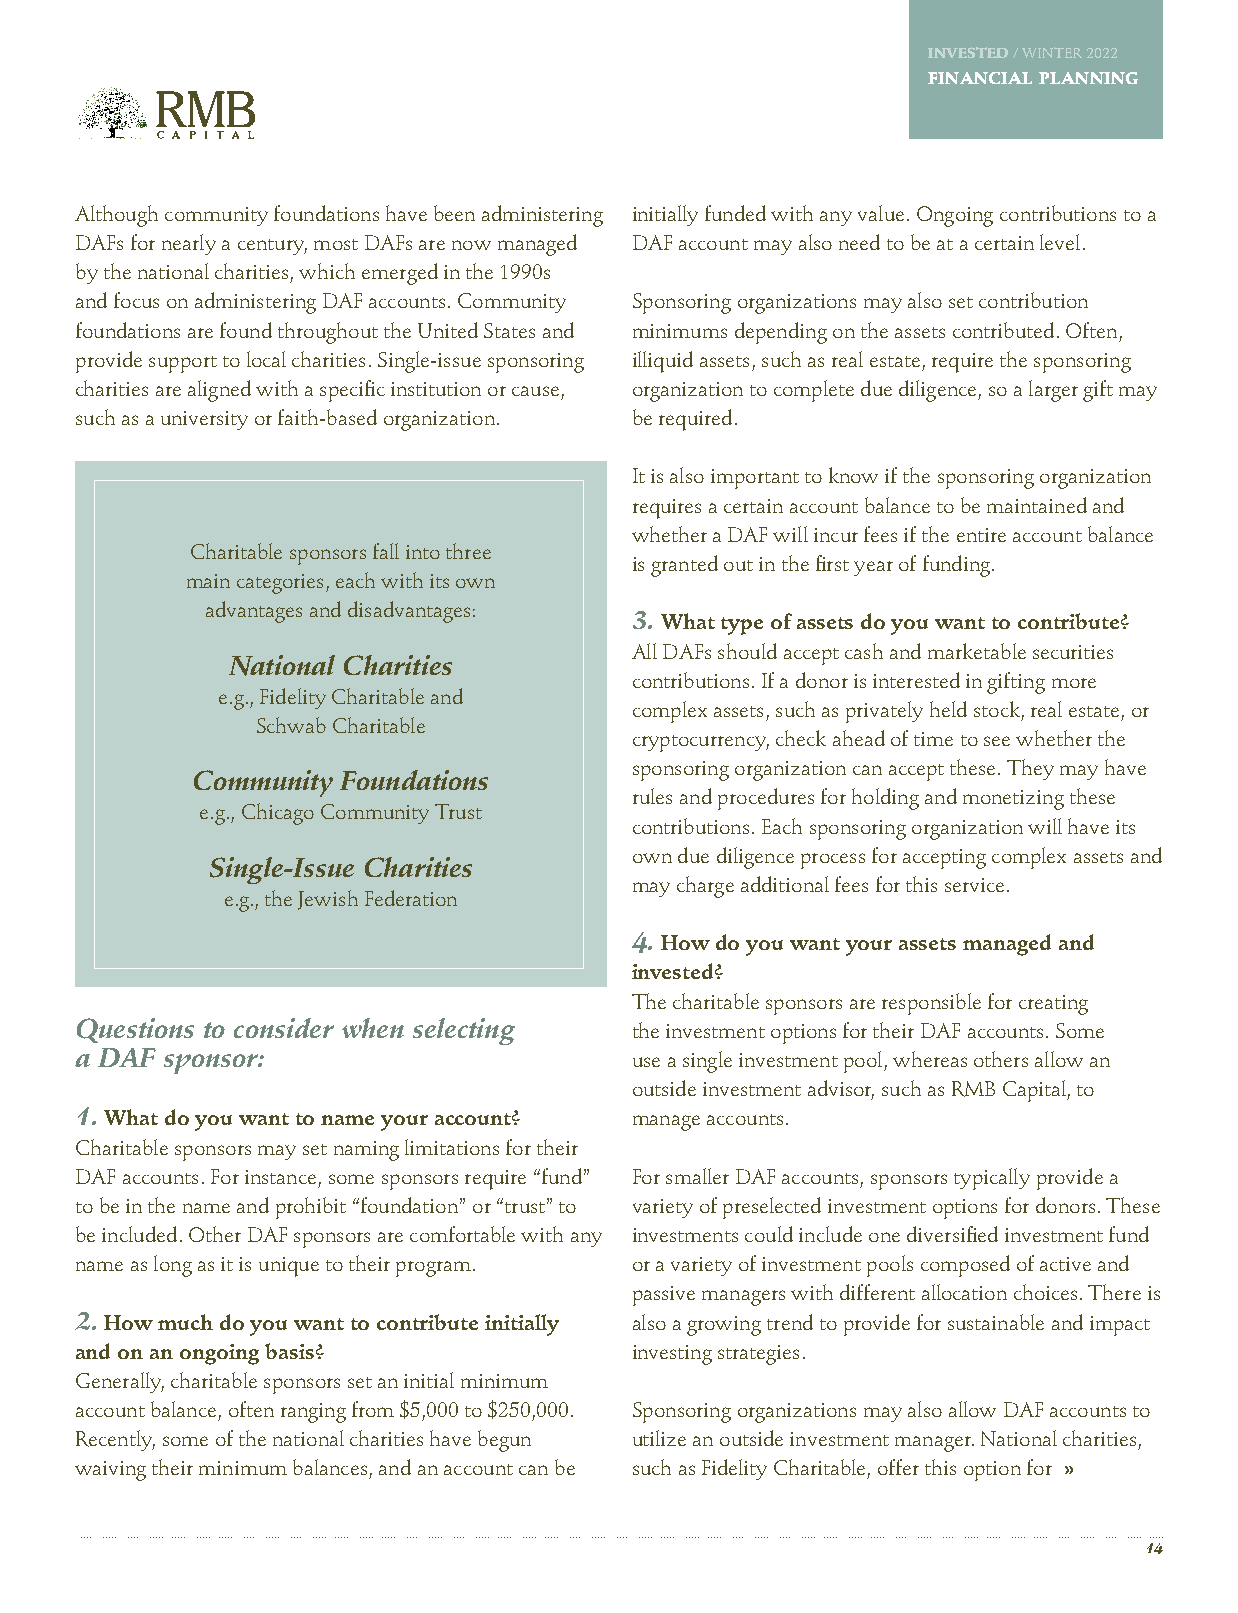
INVESTED / WINTER 2022
 FINANCIAL PLANNING
 Although community foundations have been administering initially funded with any value. Ongoing contributions to a
 DAFs for nearly a century, most DAFs are now managed DAF account may also need to be at a certain level.
 by the national charities, which emerged in the 1990s
 and focus on administering DAF accounts. Community Sponsoring organizations may also set contribution
 foundations are found throughout the United States and minimums depending on the assets contributed. Often,
 provide support to local charities. Single-issue sponsoring illiquid assets, such as real estate, require the sponsoring
 charities are aligned with a specific institution or cause, organization to complete due diligence, so a larger gift may
 such as a university or faith-based organization. be required.
 It is also important to know if the sponsoring organization
 requires a certain account balance to be maintained and
 whether a DAF will incur fees if the entire account balance
 Charitable sponsors fall into three
 is granted out in the first year of funding.
 main categories, each with its own
 advantages and disadvantages:
 3. What type of assets do you want to contribute?
 All DAFs should accept cash and marketable securities
 National Charities
 contributions. If a donor is interested in gifting more
 e.g., Fidelity Charitable and
 complex assets, such as privately held stock, real estate, or
 Schwab Charitable
 cryptocurrency, check ahead of time to see whether the
 sponsoring organization can accept these. They may have
 Community Foundations
 rules and procedures for holding and monetizing these
 e.g., Chicago Community Trust
 contributions. Each sponsoring organization will have its
 own due diligence process for accepting complex assets and
 Single-Issue Charities
 may charge additional fees for this service.
 e.g., the Jewish Federation
 4. How do you want your assets managed and
 invested?
 The charitable sponsors are responsible for creating
 Questions to consider when selecting the investment options for their DAF accounts. Some
 a DAF sponsor:                       use a single investment pool, whereas others allow an
 outside investment advisor, such as RMB Capital, to
 1. What do you want to name your account? manage accounts.
 Charitable sponsors may set naming limitations for their
 DAF accounts. For instance, some sponsors require “fund” For smaller DAF accounts, sponsors typically provide a
 to be in the name and prohibit “foundation” or “trust” to variety of preselected investment options for donors. These
 be included. Other DAF sponsors are comfortable with any investments could include one diversified investment fund
 name as long as it is unique to their program. or a variety of investment pools composed of active and
 passive managers with different allocation choices. There is
 2. How much do you want to contribute initially also a growing trend to provide for sustainable and impact
 and on an ongoing basis?             investing strategies.
 Generally, charitable sponsors set an initial minimum
 account balance, often ranging from $5,000 to $250,000. Sponsoring organizations may also allow DAF accounts to
 Recently, some of the national charities have begun utilize an outside investment manager. National charities,
 waiving their minimum balances, and an account can be such as Fidelity Charitable, offer this option for »
 14